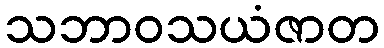
သဘာဝသယံဇာတ